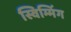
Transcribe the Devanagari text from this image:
स्विम्मिंग